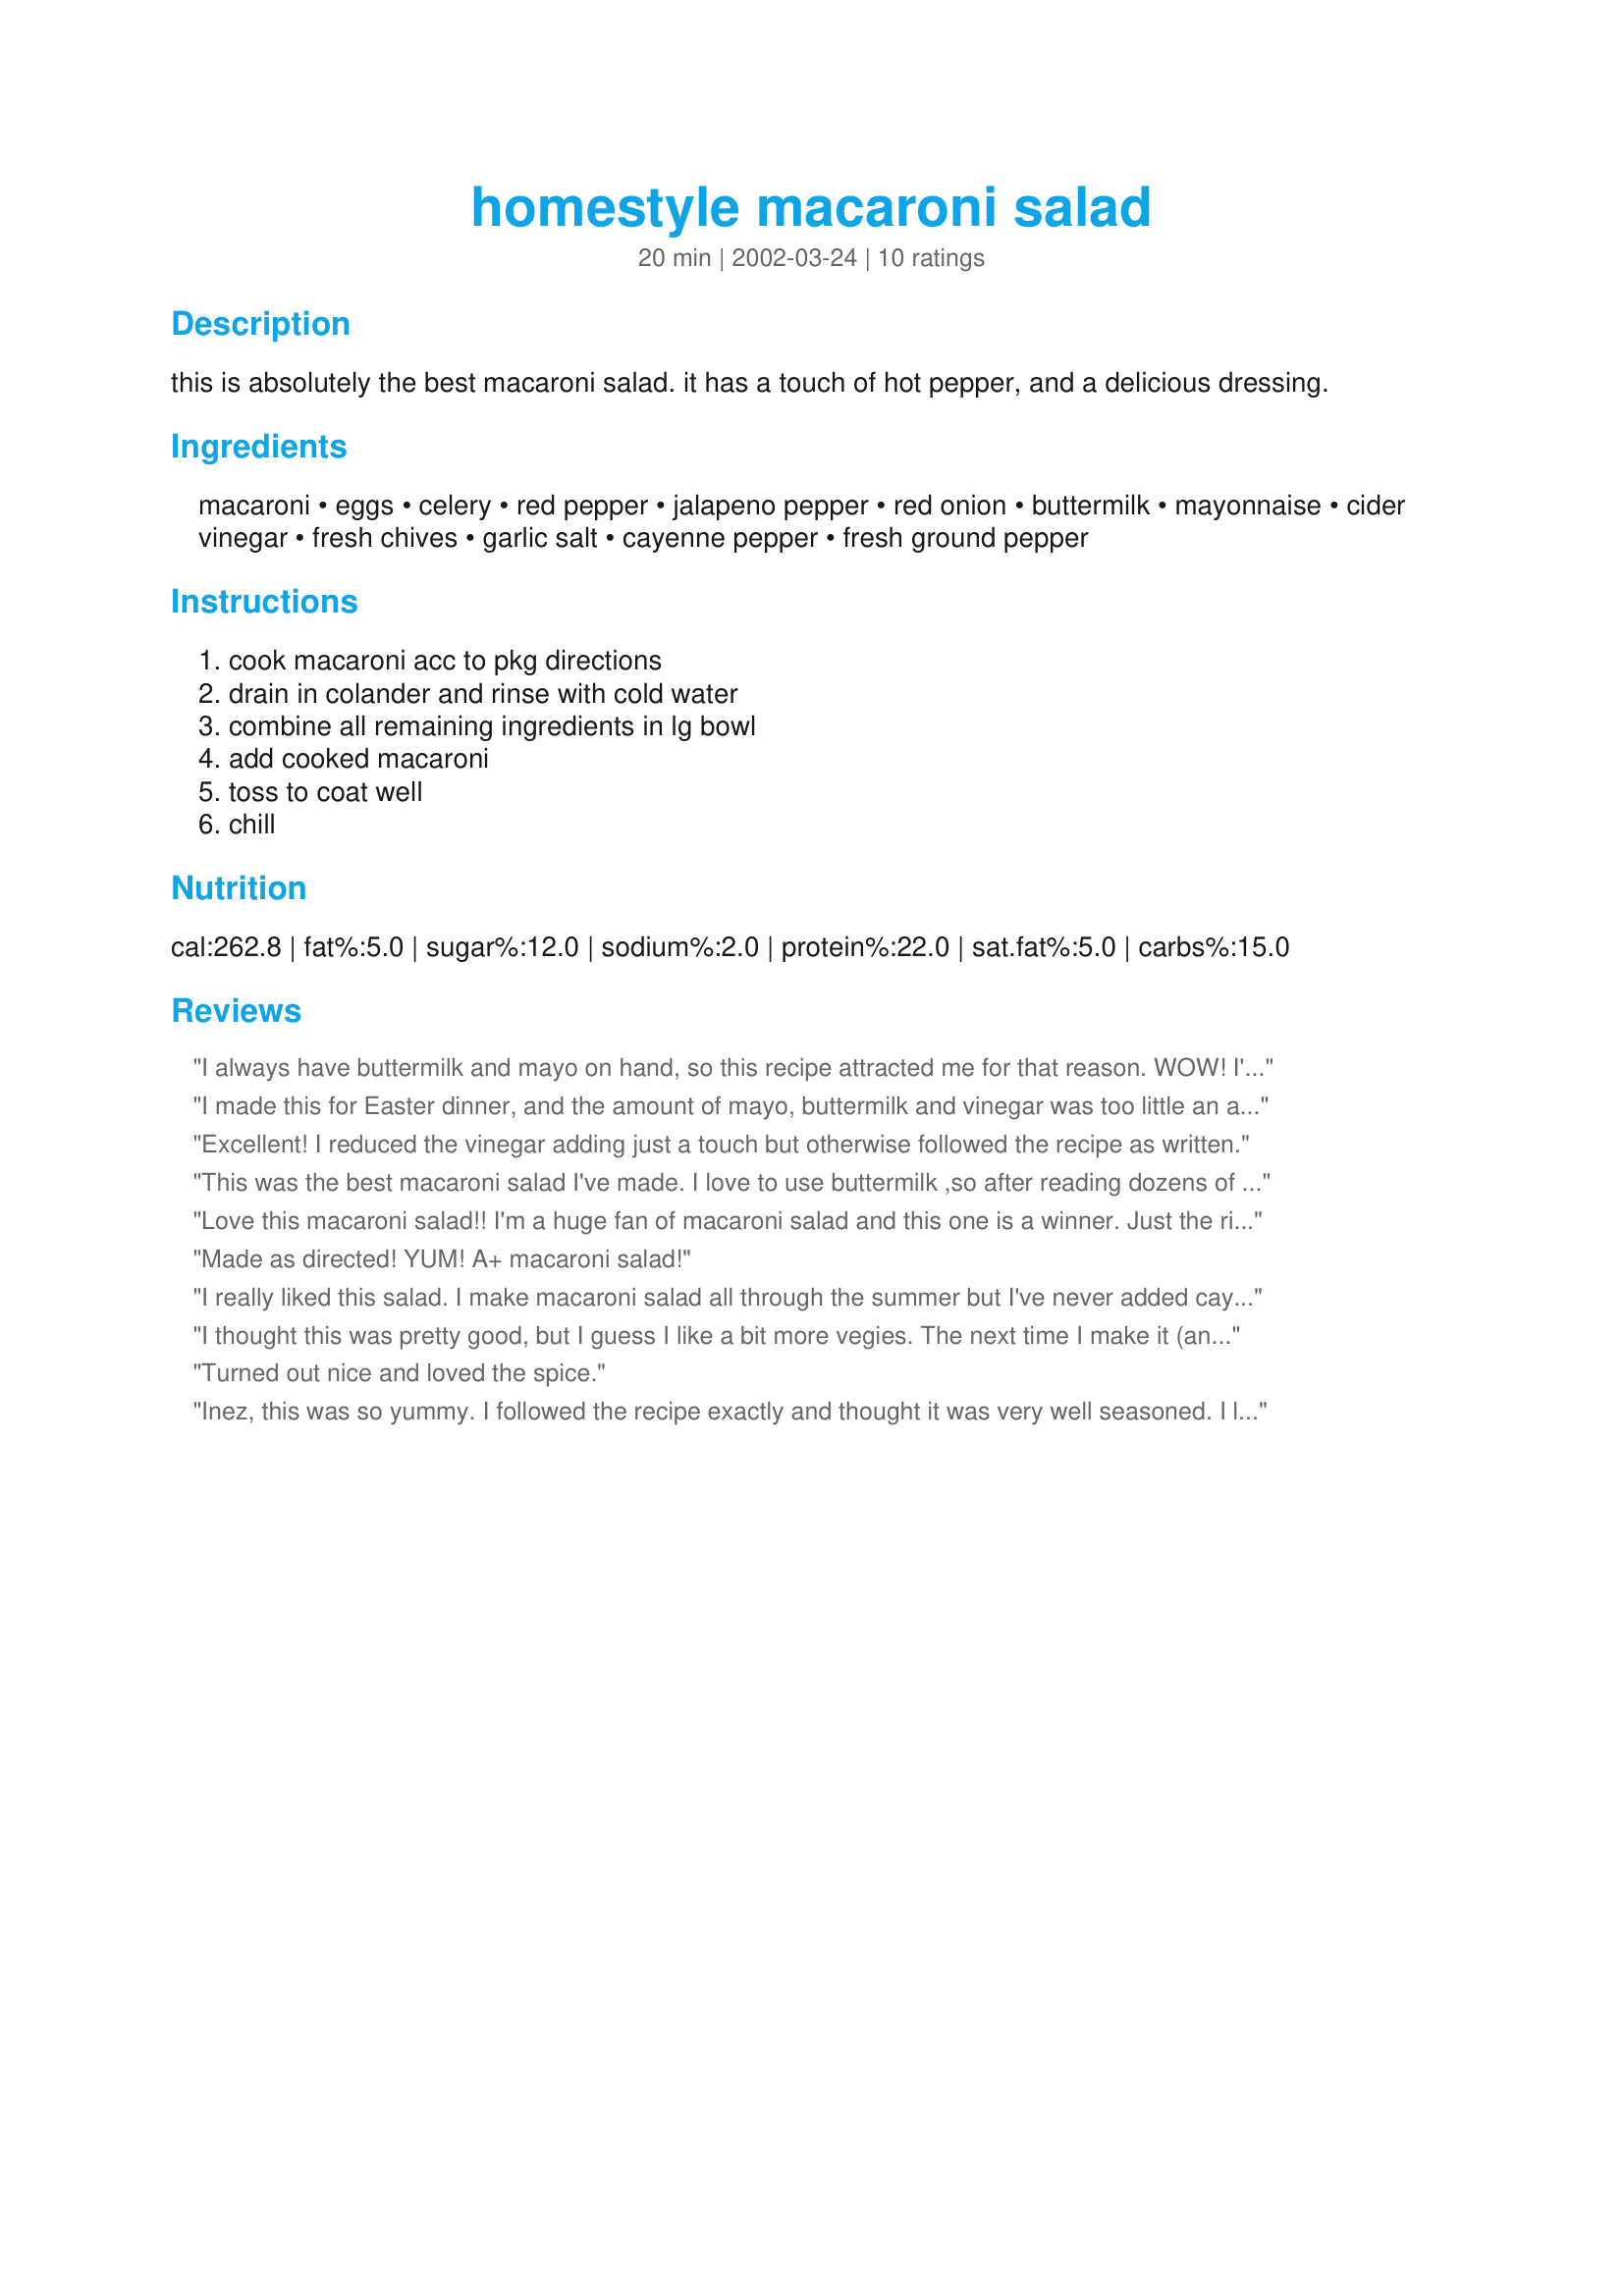
homestyle macaroni salad
Preparation time: 20 minutes

this is absolutely the best macaroni salad. it has a touch of hot pepper, and a delicious dressing.

Ingredients:
macaroni, eggs, celery, red pepper, jalapeno pepper, red onion, buttermilk, mayonnaise, cider vinegar, fresh chives, garlic salt, cayenne pepper, fresh ground pepper

Steps:
cook macaroni acc to pkg directions, drain in colander and rinse with cold water, combine all remaining ingredients in lg bowl, add cooked macaroni, toss to coat well, chill

Reviews:
I always have buttermilk and mayo on hand, so this recipe attracted me for that reason. WOW! I'm SO glad I tried this one. I'd looked at many recipes and tried a different one (and very highly rated). I liked this one MUCH better. I'm a fiddler, but to me, a macaroni salad is for using up left overs like ham. What I needed was a good sauce base that I could return to again and again. With a little fiddling to adjust to my own taste buds, I found it here! I doubled the mayo and buttermilk, but not the seasonings. I knew from other salads that I would want more sauce, and it turned out perfectly the way I did it. I didn't have garlic salt, so used 1/2 tsp garlic powder and left out the salt...it didn't need it at all. You know, I wouldn't hesitate to make this with just the sauce, macaroni, chives and a bit of this or that for a quick side salad. The sauce makes it. It's also healthier, as you're replacing a lot of mayo or miracle whip with buttermilk, which is much healthier. I found the ratio to vinegar just a bit too vinegarry, so I did add more buttermilk, mayo and agave nectar (natural sweetener) until I liked the balance. I should mention that I used LIGHT Hellman's, so that cuts the fat even more. I used Dreamfields pasta, which cuts the carbs, so with this recipe and my adjustments, a pretty healthy salad was born! As long as you have at least the sauce ingredients, and the pasta, make this...it will taste good with any chopped items in it! Thank you Meredith!
I made this for Easter dinner, and the amount of mayo, buttermilk and vinegar was too little an amount. We like ours a lot more creamy. But I am glad I tasted the combo of ingredients before my hubby added tons more mayonaise. It was a good macaroni salad, just next time I will do everything the same, except at least triple the amount of the dressing
Excellent! I reduced the vinegar adding just a touch but otherwise followed the recipe as written.
This was the best macaroni salad I've made. I love to use buttermilk ,so after reading dozens of recipes I chose this one-so glad I did! I have never put hard boiled eggs in my macaroni salad , but I will from now on-family loved it! Everyone enjoyed it-even my 6 year old son. I followed the recipe exactly , but with these additions-1 teaspoon sugar,1 teaspoon seasoned salt , and a container of grape tomatoes, halved. I will make this again-thank you so much!
Love this macaroni salad!! I'm a huge fan of macaroni salad and this one is a winner. Just the right amount of heat to make it spicy and extremely creamy with the buttermilk. Thanks!
Made as directed! YUM! A+ macaroni salad!
I really liked this salad. I make macaroni salad all through the summer but I've never added cayenne pepper. I loved it. I didn't have jalapeno pepper and don't think I'll add it next time because my young kids wouldn't like it. I didn't have buttermilk either but used 1/2 cup of heavy cream with 1 TBS of vinegar as a substitute. It worked great. Thanks for sharing.
I thought this was pretty good, but I guess I like a bit more vegies. The next time I make it (and I probably will), I'll increase the amount of bell pepper, celery and even jalapenos. I'd also add some salt.

Basically, though, this was good, and I like the dressing a lot as an all-purpose, relatively low-cal dressing for pasta salads.
Turned out nice and loved the spice.
Inez, this was so yummy. I followed the recipe exactly and thought it was very well seasoned. I liked the little bit of heat from the jalapeno and cayenne. Just right for us. This was very easy to make which you know is important to me. I made this for our family picnic. Just put it in an ice chest and off to the park. Thanks dear, you recipes are loved by us.
